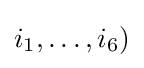
i_{1},\ldots ,i_{6})